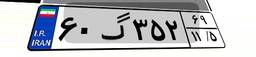
۰۱گ۶۷۵۰۸